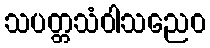
သပတ္တသံဝါသညေဝ